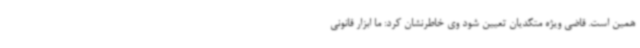
همین است. قاضی ویژه متکدیان تعیین شود وی خاطرنشان کرد: ما ابزار قانونی